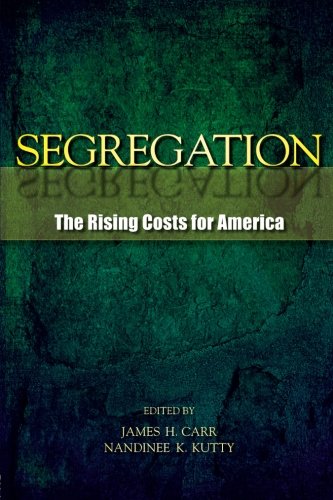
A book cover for Segregation: The Rising Costs for America; Law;